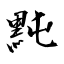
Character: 黗